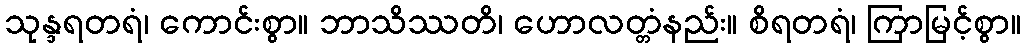
သုန္ဒရတရံ၊ ကောင်းစွာ။ ဘာသိဿတိ၊ ဟောလတ္တံနည်း။ စိရတရံ၊ ကြာမြင့်စွာ။